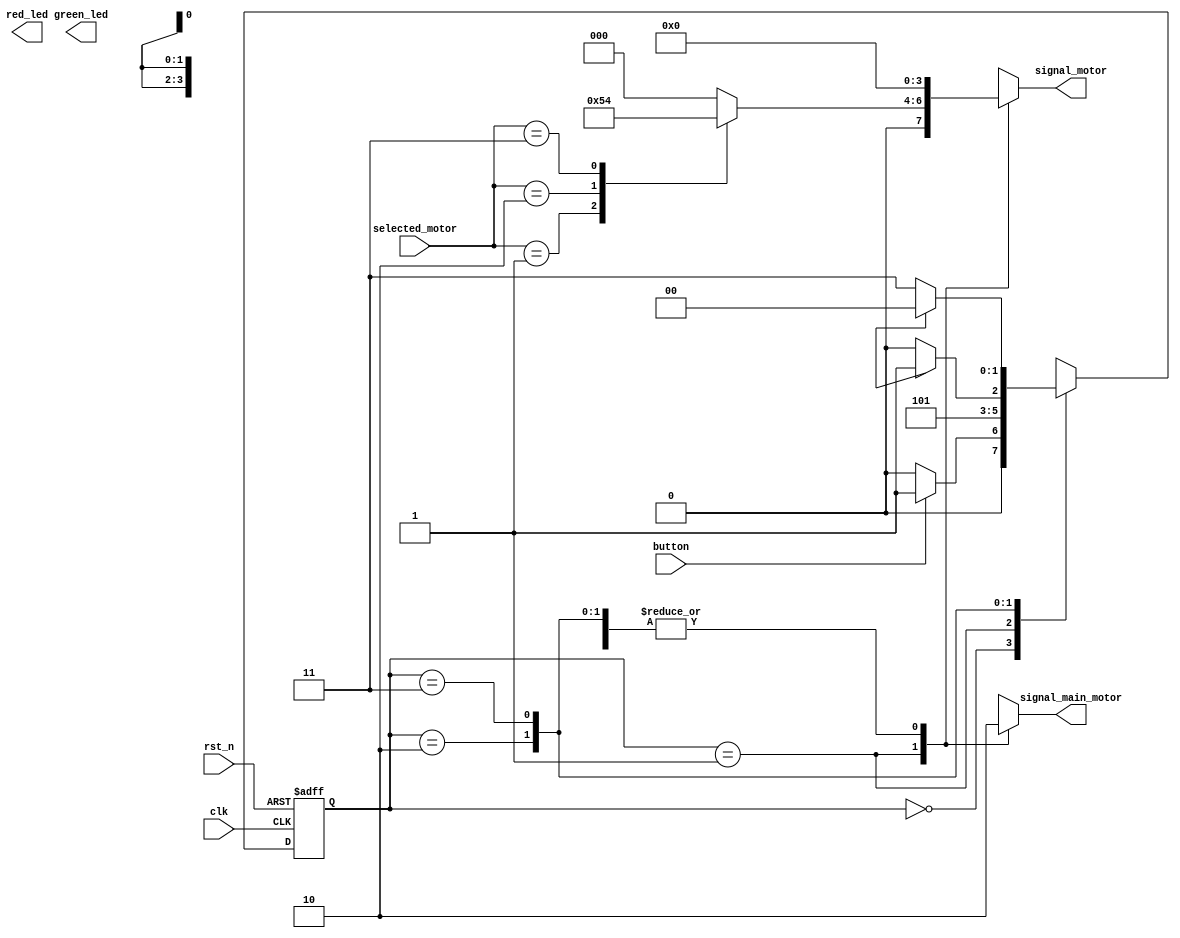
module fsm_motor
#(parameter N=4)
(red_led, green_led, signal_main_motor,signal_motor,button, clk, rst_n,selected_motor);

output reg red_led, green_led, signal_main_motor;
output reg [N-1:0] signal_motor;
input button, clk, rst_n;
input [1:0] selected_motor;

localparam [1:0] SLEEP    = 2'b00,
					 DECISION = 2'b01,
					 DELAY1   = 2'b10,
					 DELAY2   = 2'b11;
localparam [1:0] option1  = 2'b01,
                option2  = 2'b10,
					 option3  = 2'b11;
reg [1:0] state, next;
reg dly_finished;

always @(posedge clk or negedge rst_n)
if (!rst_n) state <= SLEEP;
else state <= next;
always @(state) begin
next = 2'bx; signal_main_motor = 1'b0; signal_motor = 4'b0;
case (state)
SLEEP : if (button) next = DECISION;
else next = SLEEP;
DECISION:
	begin
		next = DELAY1;
		signal_main_motor = 1'b1; signal_motor = 4'b0; //signal_motor(selected_motor) = 1'b1;
		case (selected_motor)
			option1 : signal_motor = 4'b0001;
			option2 : signal_motor = 4'b0010;
			option3 : signal_motor = 4'b0100;
		endcase
	end
DELAY1:
if (dly_finished)
	begin
		next = DELAY2;
		signal_main_motor = 1'b0;
	end
else next = DELAY1;
DELAY2:
if (dly_finished)
	begin
		next = SLEEP;
		case (selected_motor)
			option1 : signal_motor = ! (4'b0001);
			option2 : signal_motor = ! (4'b0010);
			option3 : signal_motor = ! (4'b0100);
		endcase
	end
else next = DELAY2;
endcase
end
endmodule